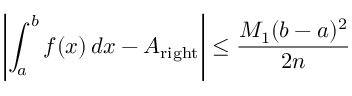
\left\vert \int _ { a } ^ { b } f ( x ) \, d x - A _ { \mathrm { r i g h t } } \right\vert \leq { \frac { M _ { 1 } ( b - a ) ^ { 2 } } { 2 n } }